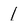
Character: 1